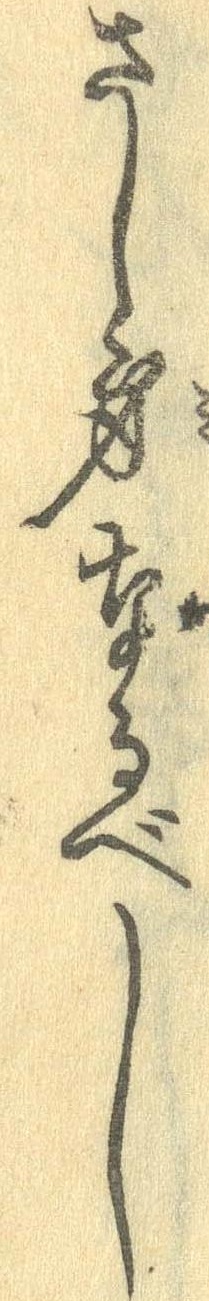
さし身なるべし